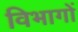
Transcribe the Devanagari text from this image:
विभागों